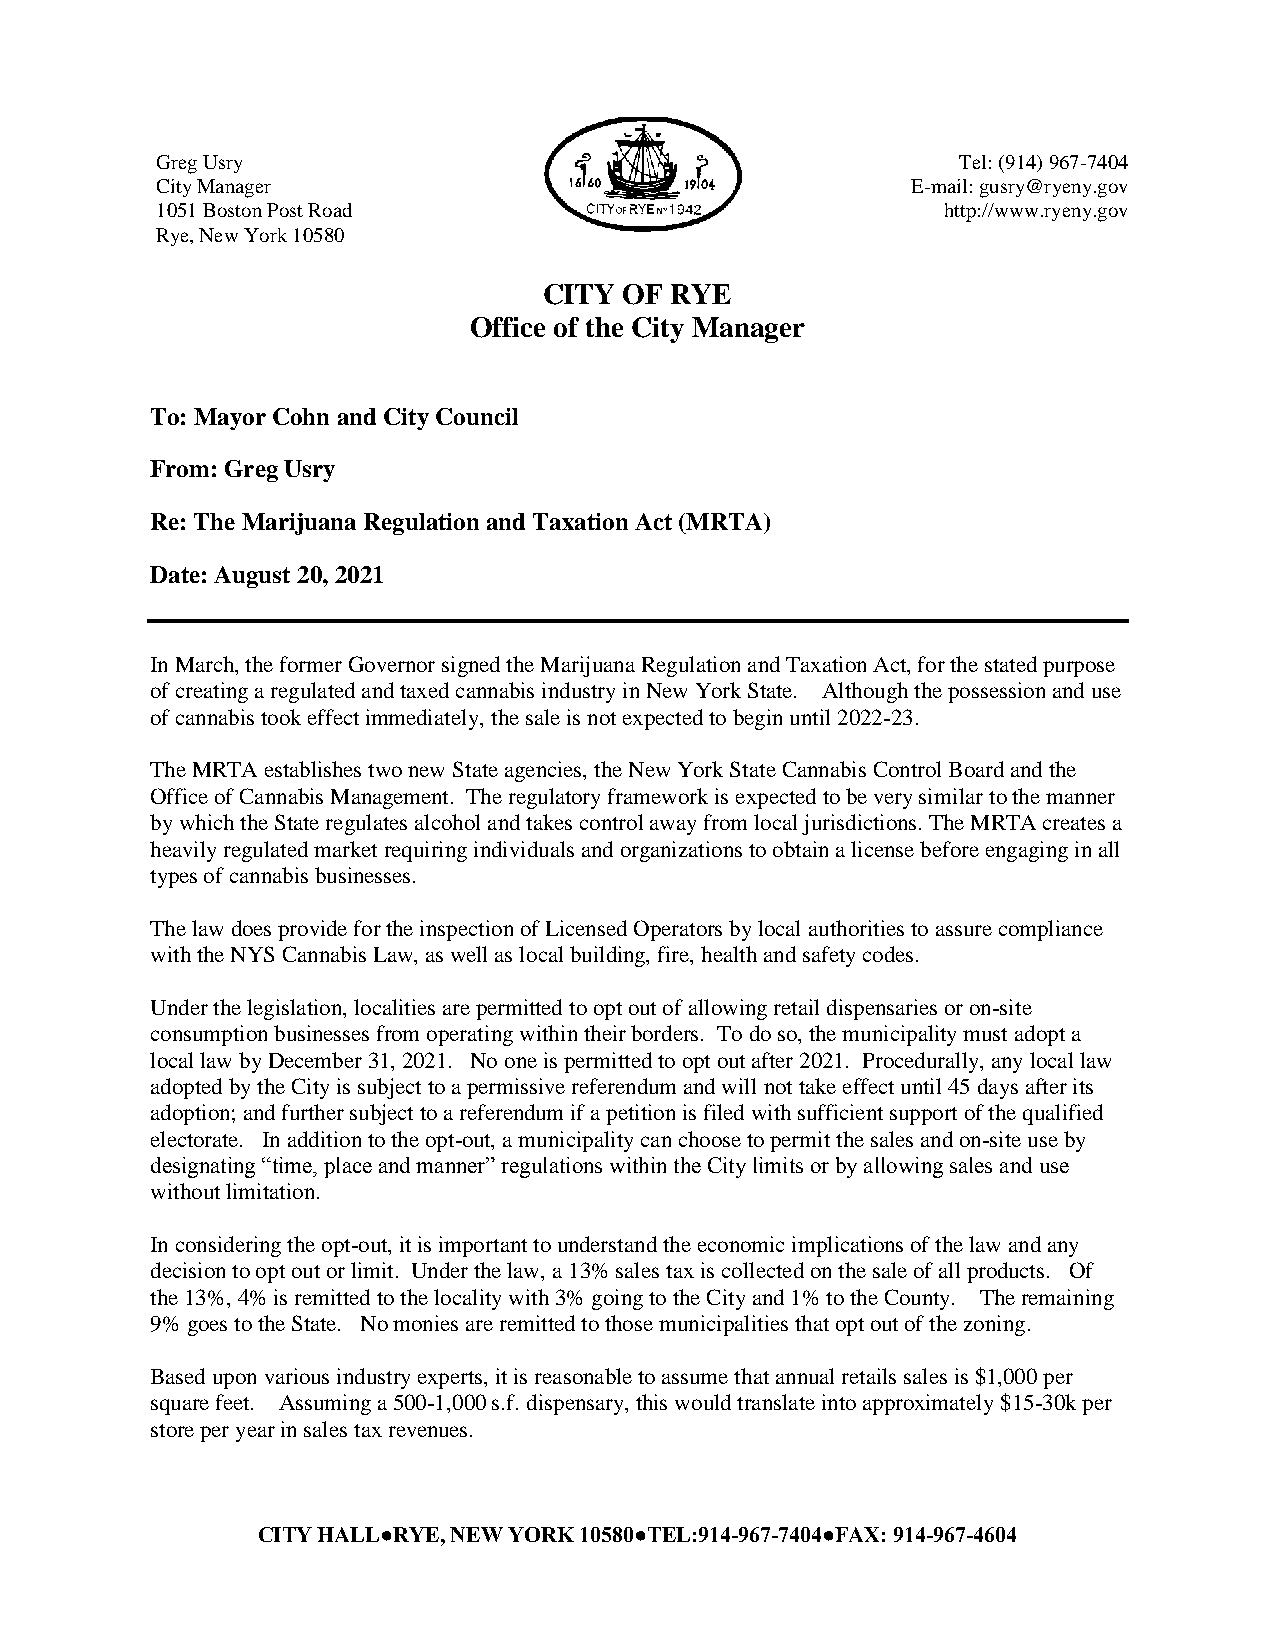
Greg Usry                                             Tel: (914) 967-7404
 City Manager                                      E-mail: gusry@ryeny.gov
 1051 Boston Post Road                                http://www.ryeny.gov
 Rye, New York 10580
 CITY OF RYE
 Office of the City Manager
 To: Mayor Cohn and City Council
 From: Greg Usry
 Re: The Marijuana Regulation and Taxation Act (MRTA)
 Date: August 20, 2021
 In March, the former Governor signed the Marijuana Regulation and Taxation Act, for the stated purpose
 of creating a regulated and taxed cannabis industry in New York State. Although the possession and use
 of cannabis took effect immediately, the sale is not expected to begin until 2022-23.
 The MRTA establishes two new State agencies, the New York State Cannabis Control Board and the
 Office of Cannabis Management. The regulatory framework is expected to be very similar to the manner
 by which the State regulates alcohol and takes control away from local jurisdictions. The MRTA creates a
 heavily regulated market requiring individuals and organizations to obtain a license before engaging in all
 types of cannabis businesses.
 The law does provide for the inspection of Licensed Operators by local authorities to assure compliance
 with the NYS Cannabis Law, as well as local building, fire, health and safety codes.
 Under the legislation, localities are permitted to opt out of allowing retail dispensaries or on-site
 consumption businesses from operating within their borders. To do so, the municipality must adopt a
 local law by December 31, 2021. No one is permitted to opt out after 2021. Procedurally, any local law
 adopted by the City is subject to a permissive referendum and will not take effect until 45 days after its
 adoption; and further subject to a referendum if a petition is filed with sufficient support of the qualified
 electorate. In addition to the opt-out, a municipality can choose to permit the sales and on-site use by
 designating “time, place and manner” regulations within the City limits or by allowing sales and use
 without limitation.
 In considering the opt-out, it is important to understand the economic implications of the law and any
 decision to opt out or limit. Under the law, a 13% sales tax is collected on the sale of all products. Of
 the 13%, 4% is remitted to the locality with 3% going to the City and 1% to the County. The remaining
 9% goes to the State. No monies are remitted to those municipalities that opt out of the zoning.
 Based upon various industry experts, it is reasonable to assume that annual retails sales is $1,000 per
 square feet. Assuming a 500-1,000 s.f. dispensary, this would translate into approximately $15-30k per
 store per year in sales tax revenues.
 CITY HALL●RYE, NEW YORK 10580●TEL:914-967-7404●FAX: 914-967-4604